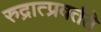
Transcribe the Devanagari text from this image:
रुद्रात्प्रवर्तते